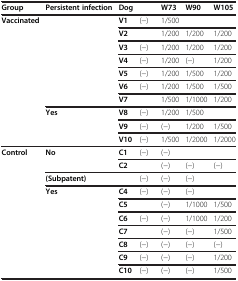
<table><thead><tr><td><b>Group</b></td><td><b>Persistent infection</b></td><td><b>Dog</b></td><td>[EMPTY_CELL]</td><td><b>W73</b></td><td><b>W90</b></td><td><b>W105</b></td></tr></thead><tbody><tr><td rowspan="10"><b>Vaccinated</b></td><td rowspan="7">[EMPTY_CELL]</td><td><b>V1</b></td><td>(-)</td><td>1/500</td><td>[EMPTY_CELL]</td><td>[EMPTY_CELL]</td></tr><tr><td><b>V2</b></td><td>[EMPTY_CELL]</td><td>1/200</td><td>1/200</td><td>1/200</td></tr><tr><td><b>V3</b></td><td>(-)</td><td>1/200</td><td>1/200</td><td>1/200</td></tr><tr><td><b>V4</b></td><td>(-)</td><td>1/200</td><td>(-)</td><td>1/200</td></tr><tr><td><b>V5</b></td><td>(-)</td><td>1/200</td><td>1/500</td><td>1/200</td></tr><tr><td><b>V6</b></td><td>(-)</td><td>1/200</td><td>1/500</td><td>1/500</td></tr><tr><td><b>V7</b></td><td>[EMPTY_CELL]</td><td>1/500</td><td>1/1000</td><td>1/200</td></tr><tr><td rowspan="3"><b>Yes</b></td><td><b>V8</b></td><td>(-)</td><td>1/200</td><td>1/500</td><td>[EMPTY_CELL]</td></tr><tr><td><b>V9</b></td><td>(-)</td><td>(-)</td><td>1/200</td><td>1/500</td></tr><tr><td><b>V10</b></td><td>(-)</td><td>1/500</td><td>1/2000</td><td>1/2000</td></tr><tr><td rowspan="10"><b>Control</b></td><td rowspan="2"><b>No</b></td><td><b>C1</b></td><td>(-)</td><td>(-)</td><td>[EMPTY_CELL]</td><td>[EMPTY_CELL]</td></tr><tr><td><b>C2</b></td><td>[EMPTY_CELL]</td><td>(-)</td><td>(-)</td><td>(-)</td></tr><tr><td><b>(Subpatent)</b></td><td>[EMPTY_CELL]</td><td>(-)</td><td>(-)</td><td>(-)</td><td>[EMPTY_CELL]</td></tr><tr><td rowspan="7"><b>Yes</b></td><td><b>C4</b></td><td>(-)</td><td>(-)</td><td>(-)</td><td>[EMPTY_CELL]</td></tr><tr><td><b>C5</b></td><td>[EMPTY_CELL]</td><td>(-)</td><td>1/1000</td><td>1/500</td></tr><tr><td><b>C6</b></td><td>(-)</td><td>(-)</td><td>1/1000</td><td>1/200</td></tr><tr><td><b>C7</b></td><td>[EMPTY_CELL]</td><td>(-)</td><td>(-)</td><td>1/500</td></tr><tr><td><b>C8</b></td><td>(-)</td><td>(-)</td><td>(-)</td><td>(-)</td></tr><tr><td><b>C9</b></td><td>(-)</td><td>(-)</td><td>(-)</td><td>1/200</td></tr><tr><td><b>C10</b></td><td>(-)</td><td>(-)</td><td>(-)</td><td>1/500</td></tr></tbody></table>